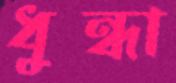
ধুন্ধা